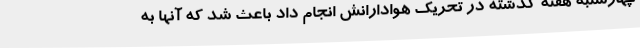
چهارشنبه هفته گذشته در تحریک هوادارانش انجام داد باعث شد که آنها به